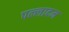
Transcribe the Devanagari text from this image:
पल्लादम